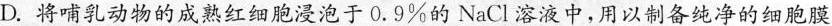
D.将哺乳动物的成熟红细胞浸泡于0.9%的NaCl溶液中，用以制备纯净的细胞膜